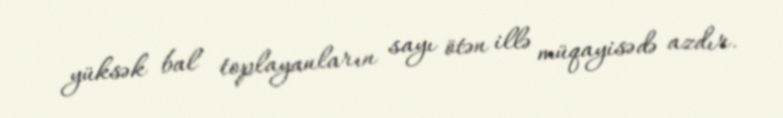
yüksək bal toplayanların sayı ötən illə müqayisədə azdır.